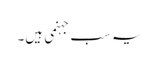
یہ سب جہنمی ہیں۔